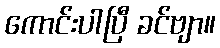
ကောင်းပါပြီ ခင်ဗျာ။